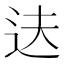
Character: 𬨝